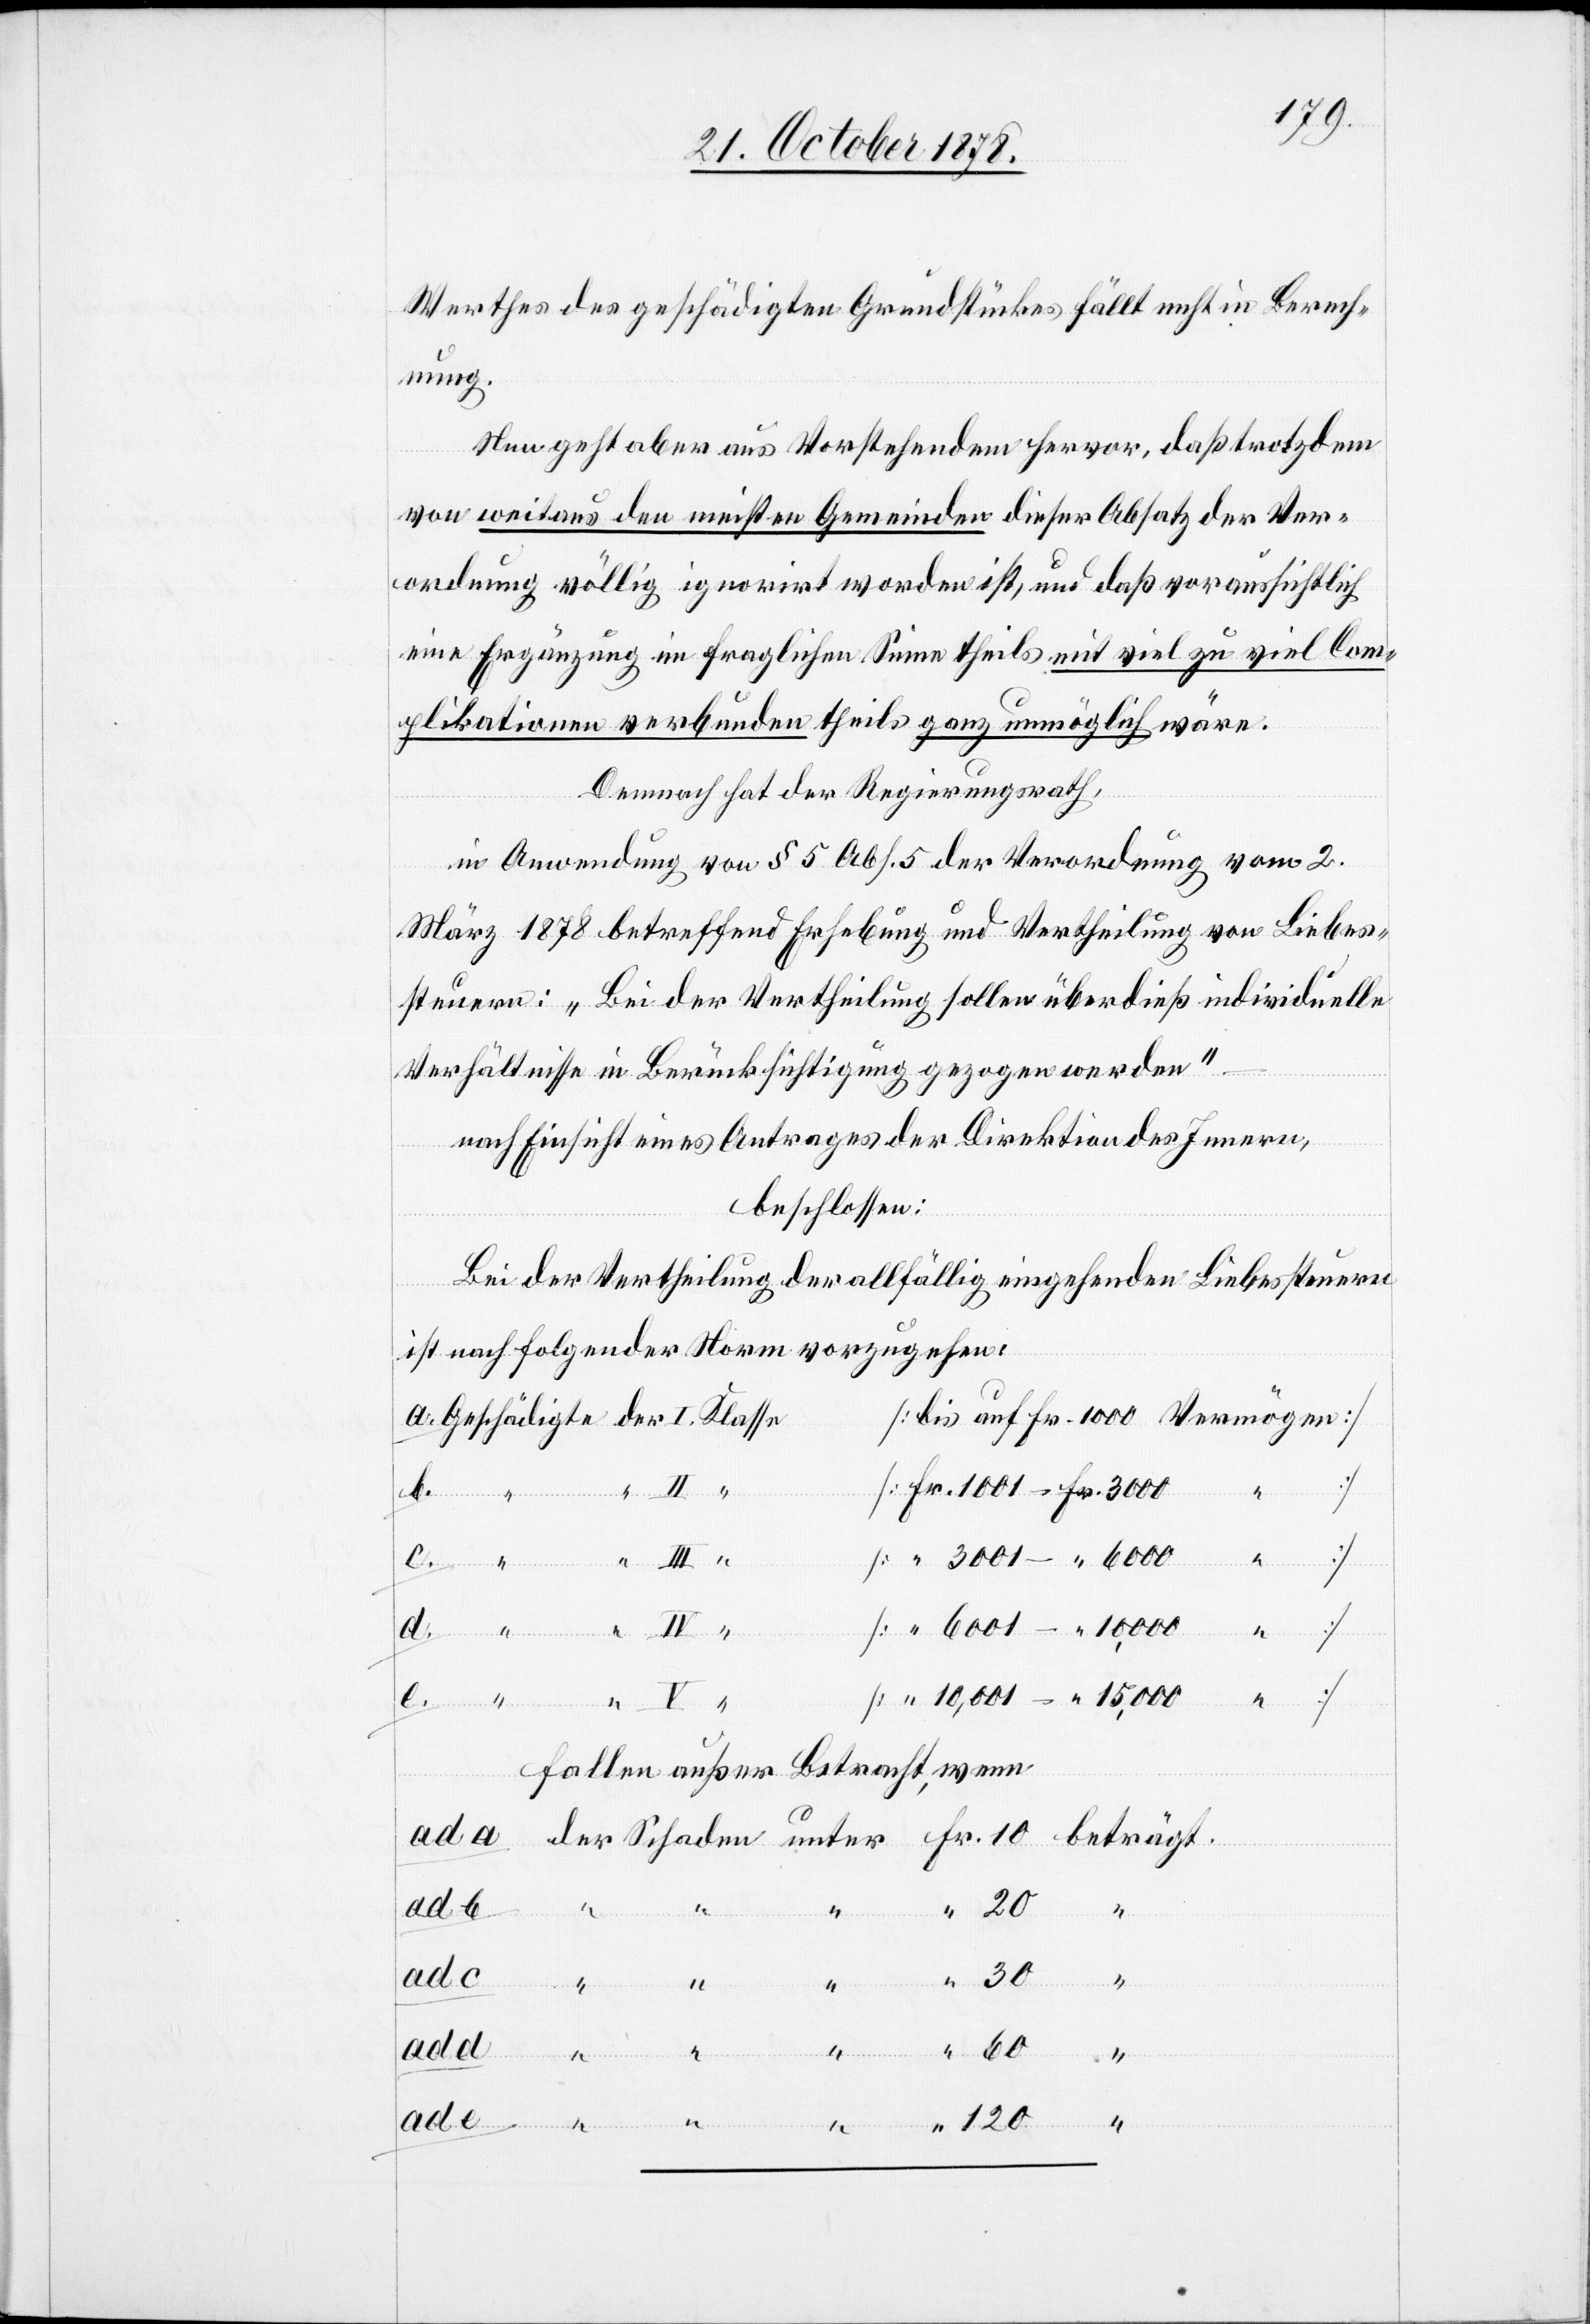
Werthes des geschädigten Grundstückes fällt nicht in Berech¬
nung.
Nun geht aber aus Vorstehendem hervor, daß trotzdem
von weitaus den meisten Gemeinden dieser Absatz der Ver¬
ordnung völlig ignorirt worden ist, und daß voraussichtlich
eine Ergänzung in fraglichen Sinne theils mit viel zu viel Com¬
plikationen verbunden theils ganz unmöglich wäre.
Dennoch hat der Regierungsrath,
in Anwendung von § 5 Abs. 5 der Verordnung vom 2.
März 1878 betreffend Erhebung und Vertheilung von Liebes¬
steuern: „Bei der Vertheilung sollen überdieß individuelle
Verhältnisse in Berücksichtigung gezogen werden“
nach Einsicht eines Antrages der Direktion des Innern,
beschlossen:
Bei der Vertheilung der allfällig eingehenden Liebessteuern
ist nach folgender Norm vorzugehen:
[bis auf Fr. 1000 Vermögen]
[Fr. 1001 – Fr. 3000
[ “ 3001 – “ 6000
c.
“
[ “ 6001 – “ 10,000
[ “ 10,001 – “ 15,000 “ ]
fallen außer Betracht, wenn
d.
“
“
120
Geschädigte
un¬